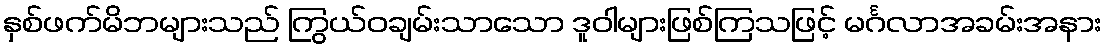
နှစ်ဖက်မိဘများသည် ကြွယ်ဝချမ်းသာသော ဒူဝါများဖြစ်ကြသဖြင့် မင်္ဂလာအခမ်းအနား